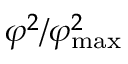
\varphi ^ { 2 } / \varphi _ { \mathrm { m a x } } ^ { 2 }